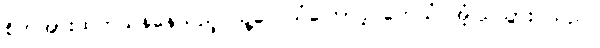
စိတ်အားထက်သန်နေသည့် သူ့လေသံကြောင့် ဟေယံ အံ့ဩသွား သည်။